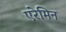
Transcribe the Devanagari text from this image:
एरेमिन